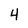
Character: 4